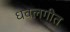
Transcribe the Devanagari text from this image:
धवलगीत